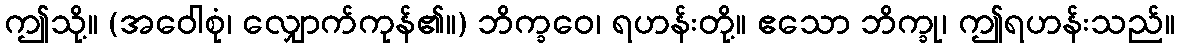
ဤသို့။ (အဝေါစုံ၊ လျှောက်ကုန်၏။) ဘိက္ခဝေ၊ ရဟန်းတို့။ ဧသော ဘိက္ခု၊ ဤရဟန်းသည်။